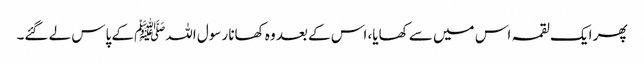
پھر ایک لقمہ اس میں سے کھایا، اس کے بعد وہ کھانا رسول اللہﷺ کے پاس لے گئے۔